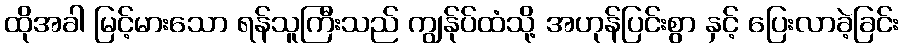
ထိုအခါ မြင့်မားသော ရန်သူကြီးသည် ကျွန်ုပ်ထံသို့ အဟုန်ပြင်းစွာ နှင့် ပြေးလာခဲ့ခြင်း